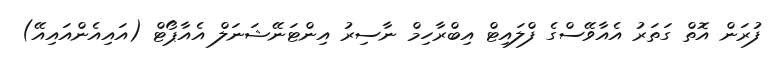
ފުރަން އޮތް ގަތަރު އެއާވޭސްގެ ފްލައިޓް އިބްރާހިމް ނާސިރު އިންޓަނޭޝަނަލް އެއާޕޯޓް (އައިއެންއައިއޭ)